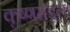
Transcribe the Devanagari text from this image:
कृष्णमंडल